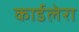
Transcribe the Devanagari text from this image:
कार्डलेरा